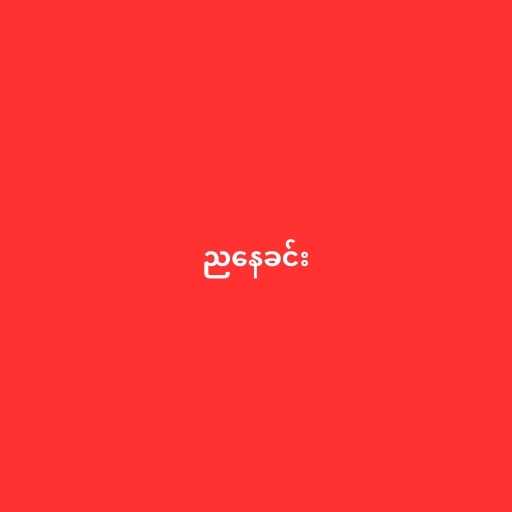
ညနေခင်း